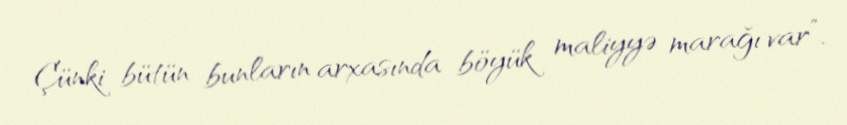
Çünki bütün bunların arxasında böyük maliyyə marağı var”.